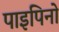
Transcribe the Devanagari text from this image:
पाइपिनो